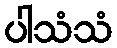
ပါသံသံ